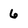
Character: 6